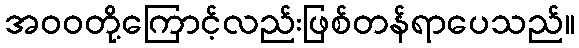
အဝဝတို့ကြောင့်လည်းဖြစ်တန်ရာပေသည်။